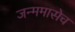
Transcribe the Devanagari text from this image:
जन्ममासेच